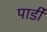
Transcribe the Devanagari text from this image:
पार्डी